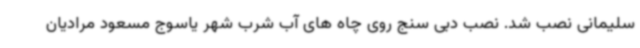
سلیمانی نصب شد. نصب دبی سنج روی چاه های آب شرب شهر یاسوج مسعود مرادیان